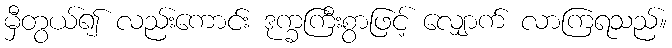
မှီတွယ်၍ လည်းကောင်း ဒုက္ခကြီးစွာဖြင့် လျှောက် လာကြရသည်။